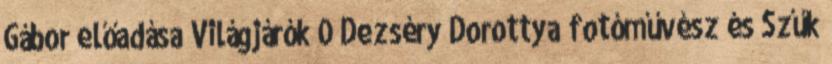
Gábor előadása Világjárók 0 Dezséry Dorottya fotóművész és Szűk